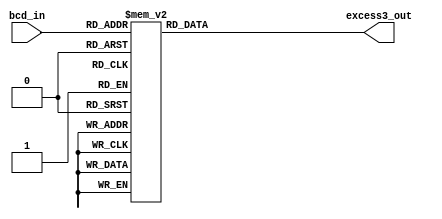
`timescale 1ns / 1ps

module BCD2excess3(
    input [3:0] bcd_in,
    output reg [3:0] excess3_out
    );
    always@(bcd_in)
    begin
        case(bcd_in)
            4'b0000 : excess3_out = 4'b0011;
            4'b0001 : excess3_out = 4'b0100;
            4'b0010 : excess3_out = 4'b0101;
            4'b0011 : excess3_out = 4'b0110;
            4'b0100 : excess3_out = 4'b0111;
            4'b0101 : excess3_out = 4'b1000;
            4'b0110 : excess3_out = 4'b1001;
            4'b0111 : excess3_out = 4'b1010;
            4'b1000 : excess3_out = 4'b1011;
            4'b1001 : excess3_out = 4'b1100;
            default : excess3_out = 4'bxxxx;
        endcase
    end
endmodule